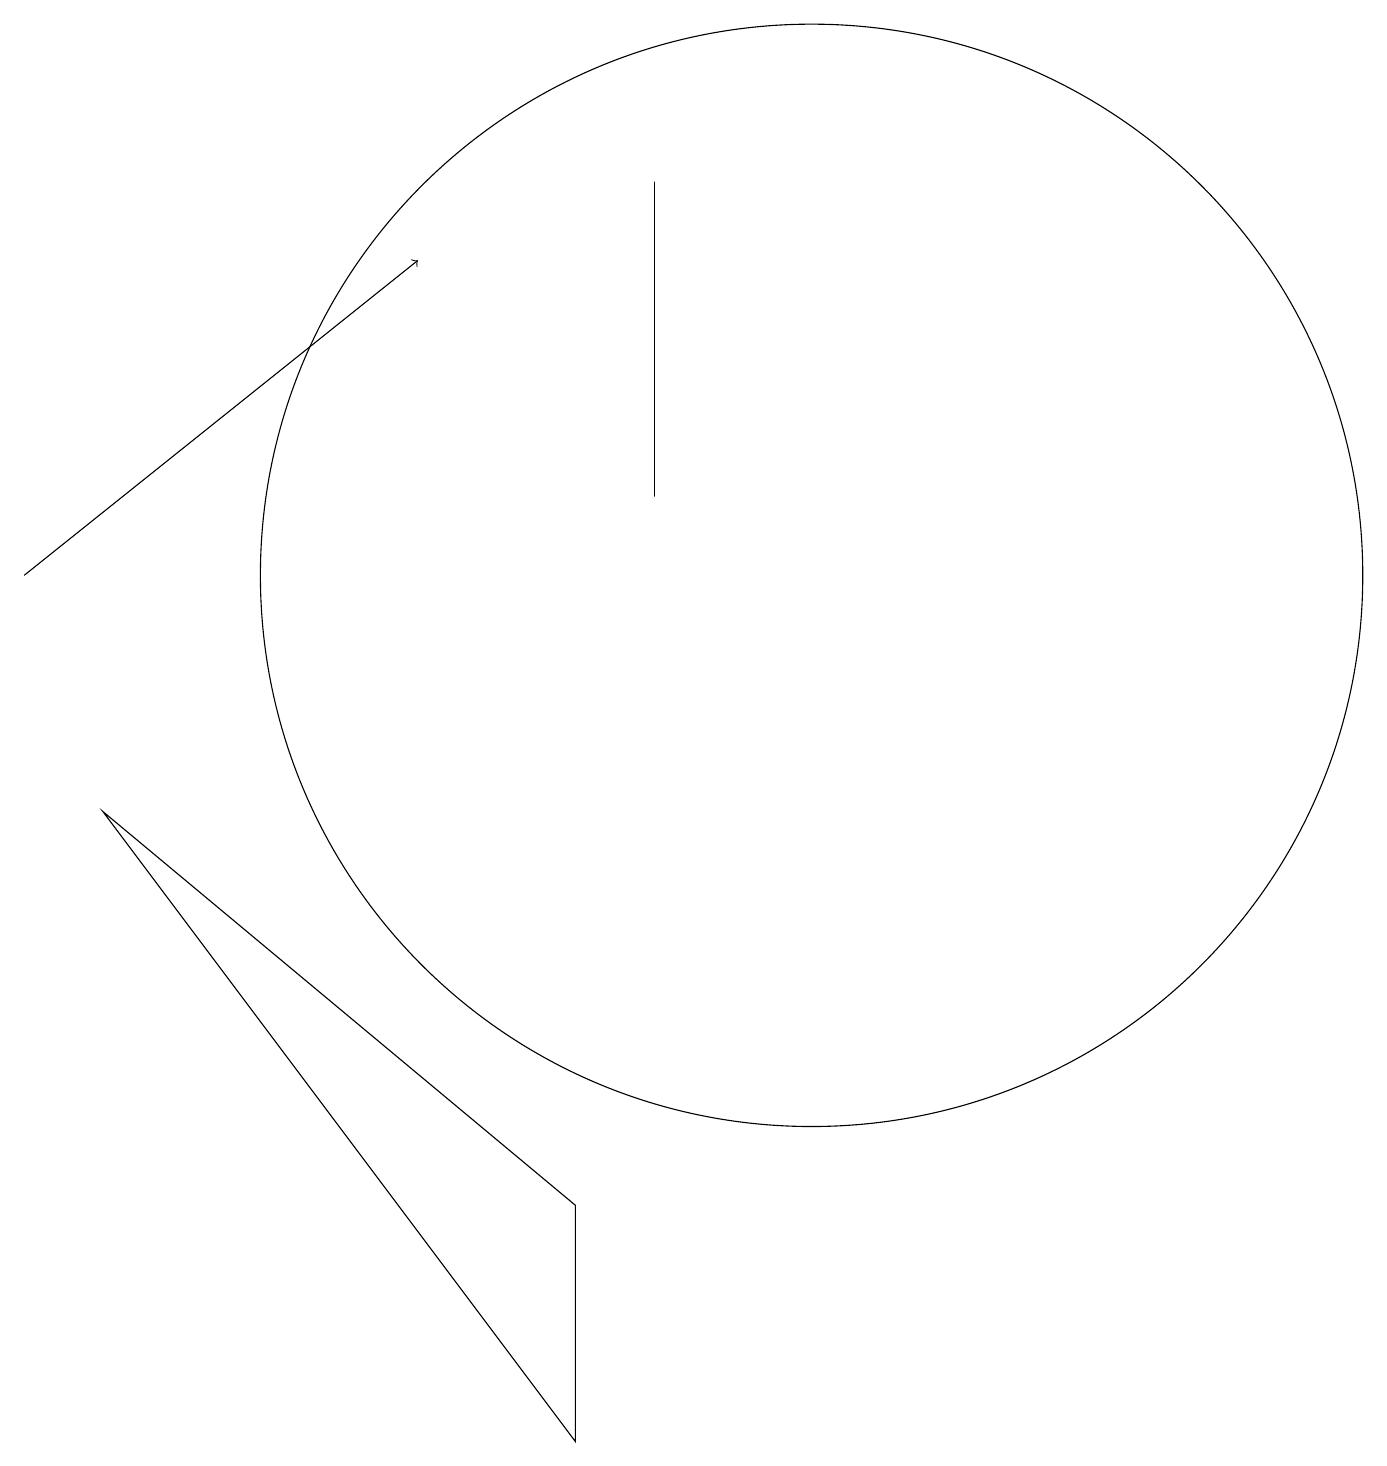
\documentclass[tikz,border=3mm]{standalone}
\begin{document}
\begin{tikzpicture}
\draw (9,17) rectangle (9,13);
\draw (8,4) -- (8,1) -- (2,9) -- cycle;
\draw (11,12) circle (7);
\draw[->] (1,12) -- (6,16);
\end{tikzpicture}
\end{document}